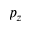
p _ { z }